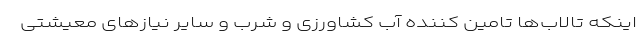
اینکه تالاب‌ها تامین کننده آب کشاورزی و شرب و سایر نیازهای معیشتی